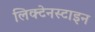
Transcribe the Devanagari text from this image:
लिक्टेनस्टाइन